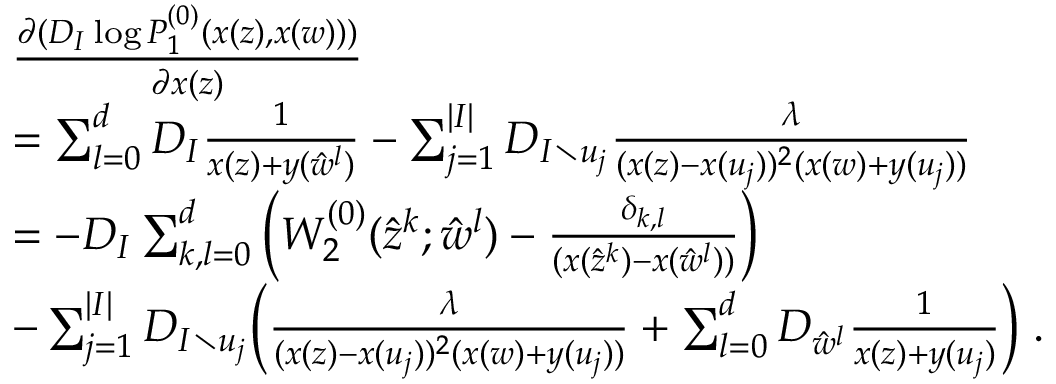
\begin{array} { r l } & { \frac { \partial ( D _ { I } \log P _ { 1 } ^ { ( 0 ) } ( x ( z ) , x ( w ) ) ) } { \partial x ( z ) } } \\ & { = \sum _ { l = 0 } ^ { d } D _ { I } \frac { 1 } { x ( z ) + y ( \hat { w } ^ { l } ) } - \sum _ { j = 1 } ^ { | I | } D _ { I \setminus u _ { j } } \frac { \lambda } { ( x ( z ) - x ( u _ { j } ) ) ^ { 2 } ( x ( w ) + y ( u _ { j } ) ) } } \\ & { = - D _ { I } \sum _ { k , l = 0 } ^ { d } \Big ( W _ { 2 } ^ { ( 0 ) } ( \hat { z } ^ { k } ; \hat { w } ^ { l } ) - \frac { \delta _ { k , l } } { ( x ( \hat { z } ^ { k } ) - x ( \hat { w } ^ { l } ) ) } \Big ) } \\ & { - \sum _ { j = 1 } ^ { | I | } D _ { I \setminus u _ { j } } \Big ( \frac { \lambda } { ( x ( z ) - x ( u _ { j } ) ) ^ { 2 } ( x ( w ) + y ( u _ { j } ) ) } + \sum _ { l = 0 } ^ { d } D _ { \hat { w } ^ { l } } \frac { 1 } { x ( z ) + y ( u _ { j } ) } \Big ) \; . } \end{array}